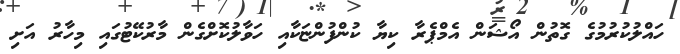
ހައްލުކުރުމުގެ ގޮތުން އޯޝަން އެމްޕެރާ ކިޔާ ކުންފުންޏަކާއި ހަވާލުކޮށްގެން މާރުކޭޓުގައި މިހާރު އަށި